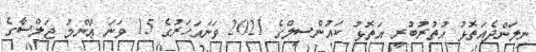
ނިލަންދެއަތޮޅު އުތުރުބުރީ އަތޮޅު ކައުންސިލްގެ 2021 ވަނައަހަރުގެ 15 ވަނަ ޢާންމު ޖަލްސާގެ